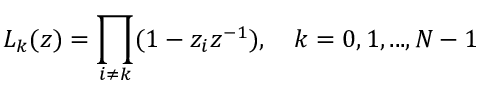
L _ { k } ( z ) = \prod _ { i \neq k } ( 1 - z _ { i } z ^ { - 1 } ) , \quad k = 0 , 1 , . . . , N - 1